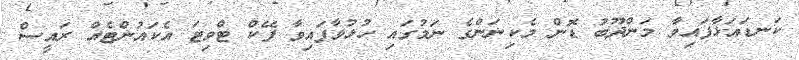
ކަނޑައަޅާފައިވާ މަންދޫބު ޑޮން މެކިނަންގެ ނަމުގައި ހުޅުވާފައިވާ ފޭކް ޓްވިޓަ އެކައުންޓެއް ރައީސް